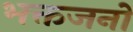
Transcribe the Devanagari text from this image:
भक्तजनो